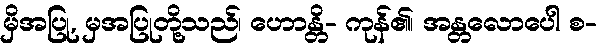
မှိအပြု, မှအပြုတို့သည်၊ ဟောန္တိ- ကုန်၏၊ အန္တလောပေါ စ-